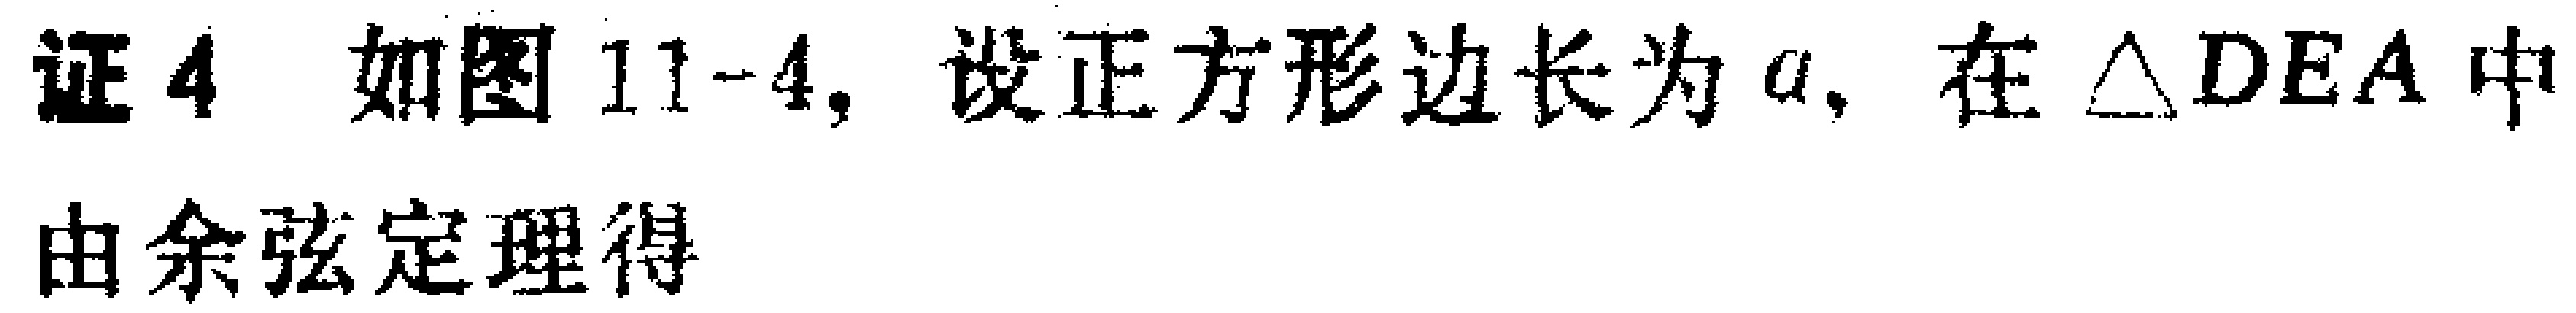
证4 如图11-4, 设正方形边长为\(a\), 在\(\triangle DEA\)中

由余弦定理得